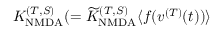
K _ { \mathrm { N M D A } } ^ { ( T , S ) } ( = { \widetilde K } _ { \mathrm { N M D A } } ^ { ( T , S ) } \langle f ( v ^ { ( T ) } ( t ) ) \rangle